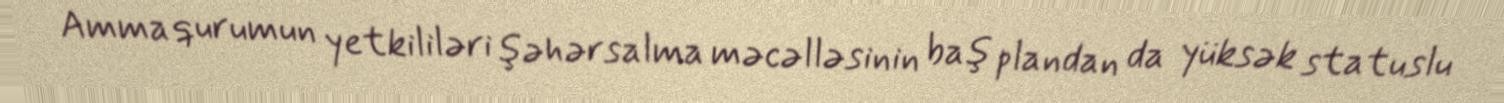
Amma qurumun yetkililəri şəhərsalma məcəlləsinin baş plandan da yüksək statuslu